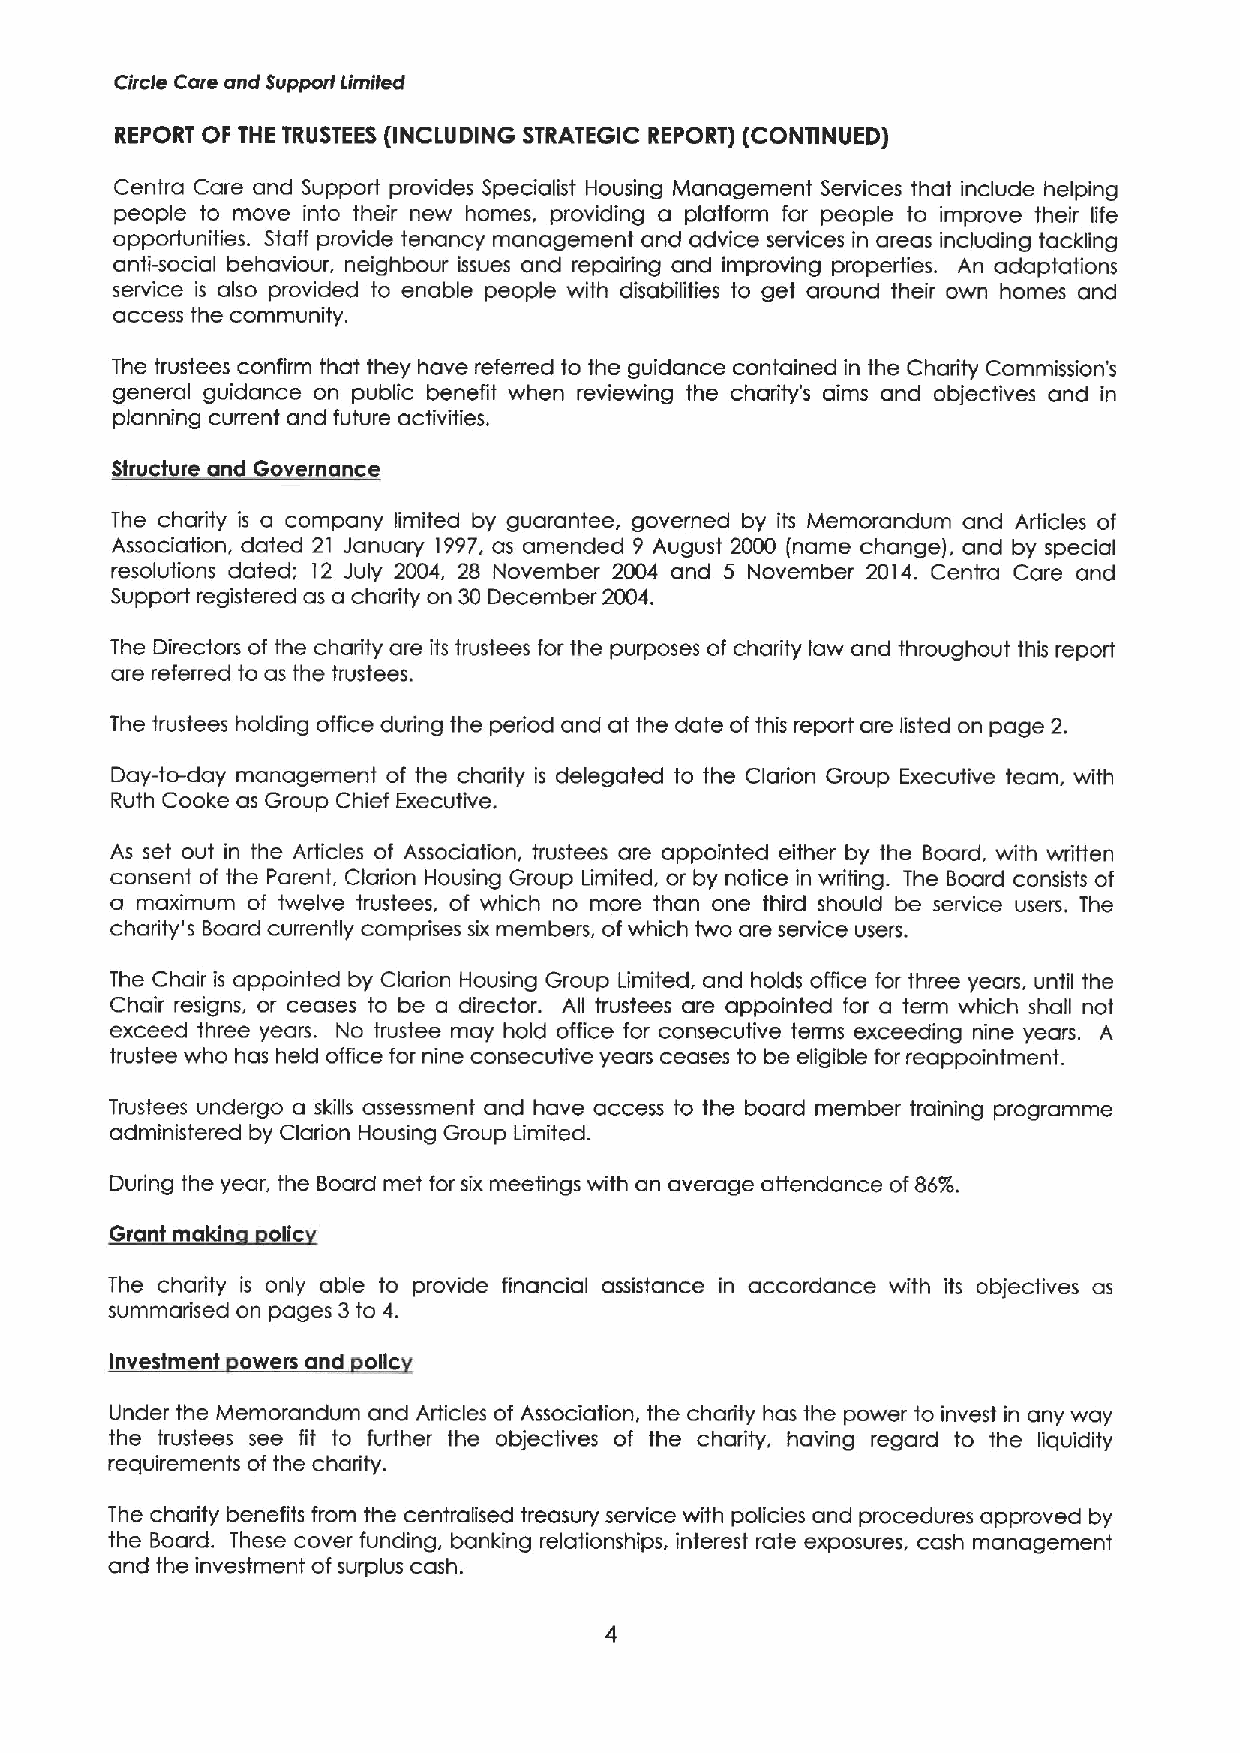
Circle Care and Support limited
 REPORT OF THE TRUSTEES (INCLUDING STRATEGIC REPORT) (CONTINUED)
 Centra Care and Support provides Specialist Housing Management Services that include helping
 people to move into their new homes, providing a platform for people to improve their life
 opportunities. Staff provide tenancy management and advice services in areas including tackling
 anti-social behaviour, neighbour issues and repaiding and improving properties. An adaptations
 service is also provided to enable people with disabilities to get around their own homes and
 access the community.
 The trustees confirm that they have referred to the guidance contained in the Charity Commission's
 general guidance on public benefit when reviewing the chadity's aims and objectives and in
 planning current and future activities.
 Structure and Governance
 The chadity is a company limited by guarantee, governed by its Memorandum and Articles of
 Association, dated 21 January 1997,as amended 9 August 2000 jname change), and by special
 resolutions dated; 12 July 2004, 28 November 2004 and 5 November 2014. Centra Care and
 Support registered as a chadity on 30 December 2004.
 The Directors of the charity are its trustees for the purposes of charity law and throughout this report
 are referred to as the trustees.
 The trustees holding office duding the pediod and at the date ofthis report are listed on page 2.
 Day-to-day management of the charity is delegated to the Clarion Group Executive team, with
 Ruth Cooke as Group Chief Executive.
 As set out in the Articles of Association, trustees are appointed either by the Board, with wditten
 consent of the Parent, Cladion Housing Group Limited, or by notice in writing. The Board consists of
 a maximum of twelve trustees, of which no more than one third should be service users. The
 charity's Board currently comprises six members, ofwhich two are service users.
 The Chair is appointed by Clarion Housing Group Limited, and holds office for three years, until the
 Chair resigns, or ceases to be a director. All trustees are appointed for a term which shall not
 exceed three years. No trustee may hold office for consecutive terms exceeding nine years. A
 trustee who has held office for nine consecutive years ceases to be eligible for reappointment.
 Trustees undergo a skills assessment and have access to the board member training programme
 administered by Clarion Housing Group Limited.
 During the year, the Board met for six meetings with an average attendance of86%.
 Grant makin olic
 The chadity is only able to provide financial assistance in accordance with its objectives as
 summarised on pages 3to 4.
 Investment owers and olic
 Under the Memorandum and Articles of Association, the chadity has the power to invest in any way
 the trustees see fit to further the objectives of the chadity, having regard to the liquidity
 requirements of the charity.
 The charity benefits from the centralised treasury service with policies and procedures approved by
 the Board. These cover funding. banking relationships, interest rate exposures, cash management
 and the investment ofsurplus cash.